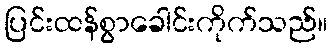
ပြင်းထန်စွာခေါင်းကိုက်သည်။